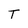
Character: T